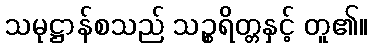
သမုဋ္ဌာန်စသည် သဉ္စရိတ္တနှင့် တူ၏။